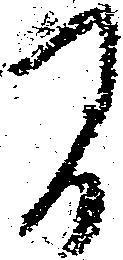
間